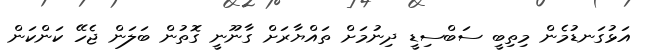
އަޅުގަނޑުމެން މިތިބީ ސަބްސިޑީ ދިނުމަށް ތައްޔާރަށް ގާނޫނީ ގޮތުން ބަލަން ޖެހޭ ކަންކަން